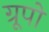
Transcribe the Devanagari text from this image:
ग्रूपो